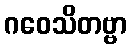
ဂဝေသိတဗ္ဗာ